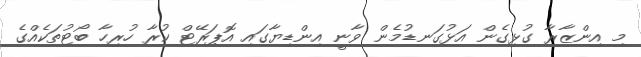
މި އިންޒާރާ ގުޅިގެން އަޅުގަނޑުމެން ވާނީ އިންޑިޔާގައި އޮޕަރޭޓް ކުރާ ހުރިހާ ބޯޓުތަކެއްގެ